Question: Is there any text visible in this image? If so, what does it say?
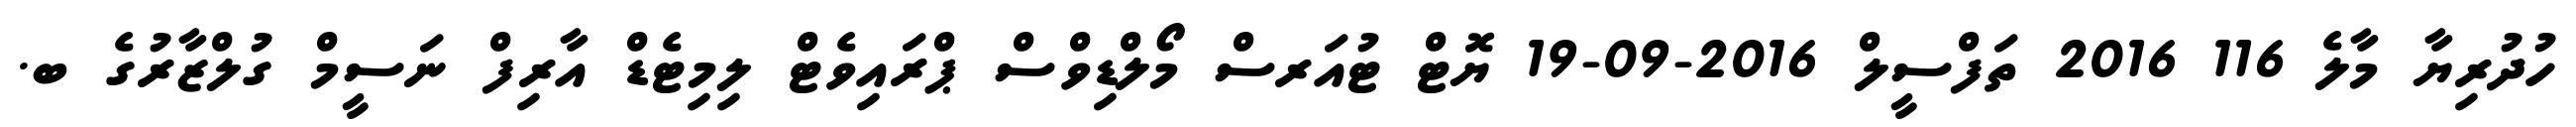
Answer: ހުދުރިޔާ މާލެ 116 2016 ތަފްސީލް 2016-09-19 ޔޮޓް ޓުއަރސް މޯލްޑިވްސް ޕްރައިވެޓް ލިމިޓެޑް އާރިފް ނަސީމް ގުލްޒާރުގެ ބ.